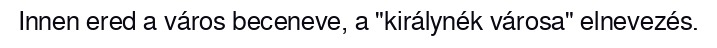
Innen ered a város beceneve, a "királynék városa" elnevezés.